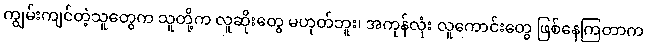
ကျွမ်းကျင်တဲ့သူတွေက သူတို့က လူဆိုးတွေ မဟုတ်ဘူး၊ အကုန်လုံး လူကောင်းတွေ ဖြစ်နေကြတာက